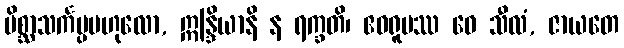
မိစ္ဆာသင်္ကပ္ပဗဟုလော, ဣန္ဒြိယာနိ န ရက္ခတိ၊ ဧဝရူပဿ ဝေ သီလံ, ဇာယတေ